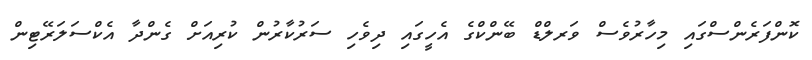
ކޮންފަރެންސްގައި މިހާރުވެސް ވަރލްޑް ބޭންކްގެ އެހީގައި ދިވެހި ސަރުކާރުން ކުރިއަށް ގެންދާ އެކްސަލަރޭޓިން